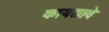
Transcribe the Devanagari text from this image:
कायद्यावे